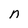
Character: n